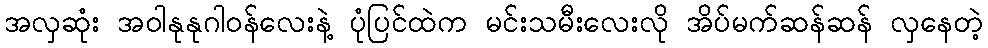
အလှဆုံး အဝါနုနုဂါဝန်လေးနဲ့ ပုံပြင်ထဲက မင်းသမီးလေးလို အိပ်မက်ဆန်ဆန် လှနေတဲ့